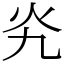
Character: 㶢